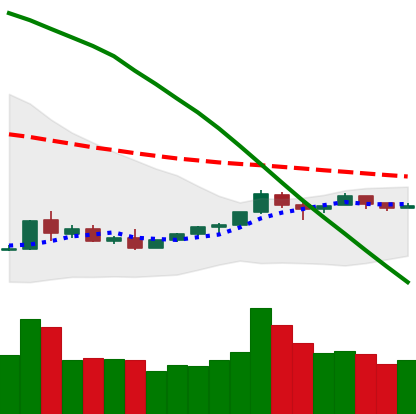
Ticker: TRX-USD
Chart end date: 2018-09-04
Forward return: -23.322%
Label: down_7plus